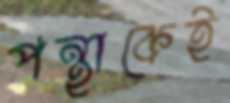
পন্থাকেই